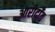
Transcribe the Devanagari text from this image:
आरीदाँत